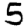
Digit: 5